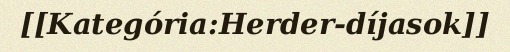
[[Kategória:Herder-díjasok]]